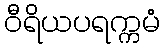
ဝီရိယပရက္ကမံ